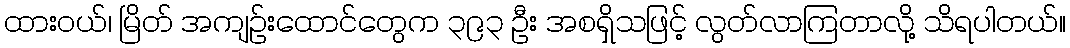
ထားဝယ်၊ မြိတ် အကျဉ်းထောင်တွေက ၃၉၃ ဦး အစရှိသဖြင့် လွတ်လာကြတာလို့ သိရပါတယ်။